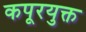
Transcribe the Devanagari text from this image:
कपूरयुक्त